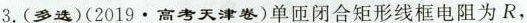
3. ( 多选 )( 2019\cdot高考天津卷 )单匝闭合矩形线框电阻为R，